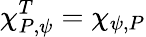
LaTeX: \chi_{P,\psi}^{T}=\chi_{\psi,P}